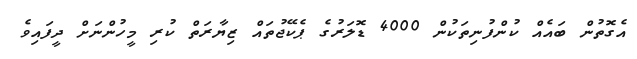
އެގޮތުން ބައެއް ކުންފުނިތަކުން 4000 ޑޮލަރުގެ ޕެކޭޖުތައް ޒިޔާރަތް ކުރި މީހުންނަށް ދީފައިވެ